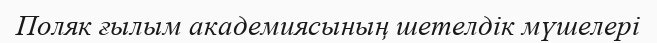
Поляк ғылым академиясының шетелдік мүшелері